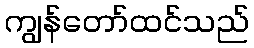
ကျွန်တော်ထင်သည်